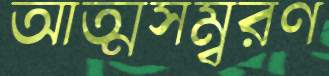
আত্মসম্বরণ